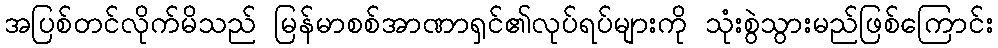
အပြစ်တင်လိုက်မိသည် မြန်မာစစ်အာဏာရှင်၏လုပ်ရပ်များကို သုံးစွဲသွားမည်ဖြစ်ကြောင်း